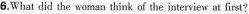
6.What did the woman think of the interview at first?